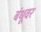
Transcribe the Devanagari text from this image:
बंधूवर